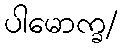
ပါမောက္ခ/